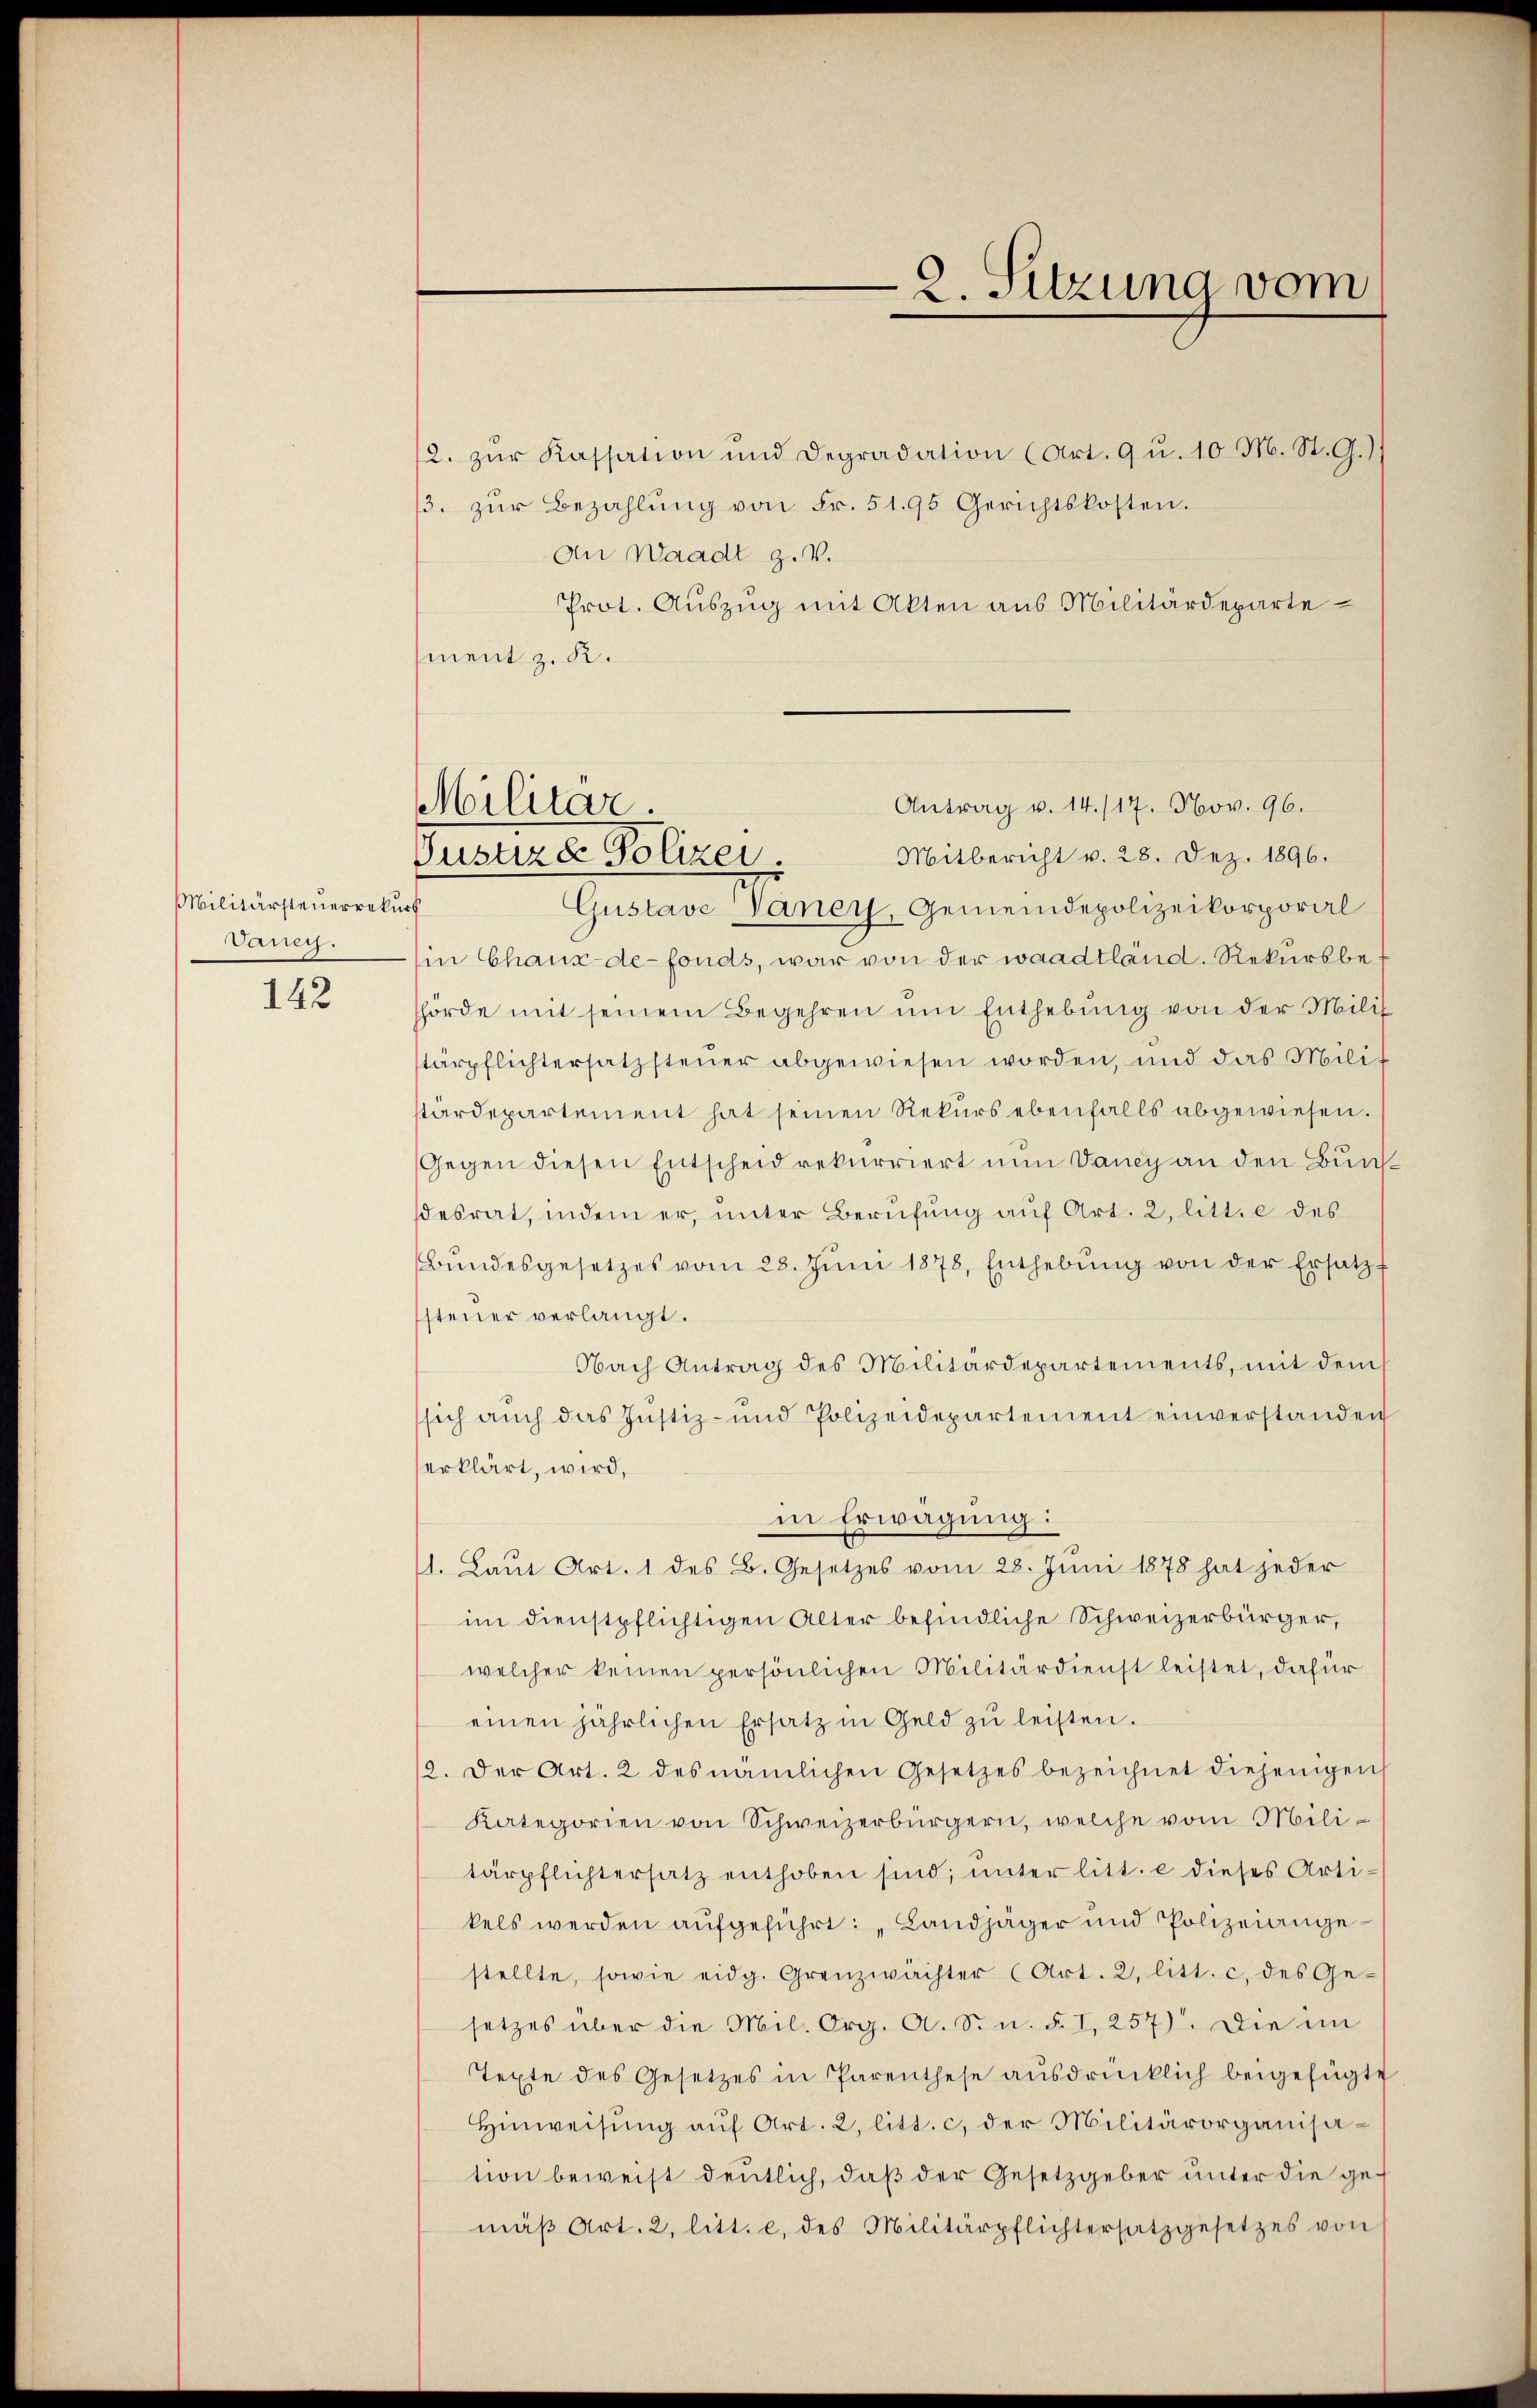
Militärsteuerrekurs
Vaney.
142

2. Sitzung vom

Antrag v. 14./17. Nov. 96.
Militär.
Mitbericht v. 28. Dez. 1896.
Guntere Polizei.

2. zŭr Kassation und Degradation (Art. 9 u. 10 M. St. G.)
3. zŭr Bezahlŭng von Fr. 51. 95 Gerichtskosten.
An Waadt z. V.
Prot. Auszug mit Akten aus Militärdepartement z. R.
Gustave Vaney, Gemeindepolizeikorporal
in Chaux-de-Fonds, war von der waadtländ. Rekursbehörde mit seinem Begehren um Enthebŭng von der Milit
tärpflichtersatzsteuer abgewiesen worden, und das Milit
stärdepartement hat seinen Rekurs ebenfalls abgewiesen.
Gegen diesen Entscheid rekurriert nun Daney an den Bundesrat, indem er, unter Berufung aŭf Art. 2, litt. e des
Bundesgesetzes vom 28. Juni 1878, Enthebŭng von der Ersatz f
steuer verlangt.
Nach Antrag des Militärdepartements, mit dem
sich auch das Justiz- und Polizeidepartement einverstanden
erklärt, wird,
in Erwägung:
1. Laŭt Art. 1 des B. Gesetzes vom 28. Jŭni 1878 hat jeder
im dienstpflichtigen Alter befindliche Schweizerbürger,
welcher keinen persönlichen Militärdienst leistet, dafür
einen jährlichen Ersatz in Geld zŭ leisten.
/3. der Art. 2 des nämlichen Gesetzes bezeichnet diejenigen
Kategorien von Schweizerbürgern, welche vom Militärpflichtersatz enthoben sind; unter litt. e dieses Artikels werden aufgeführt: Landjäger und Polizeiangestellte, sowie eidg. Grenzwächter (Art. 2, litt. c. des Ge-
setzes über die Mil. Org. A. S. n. F. I, 257). Die im
Texte des Gesetzes in Parenthese aŭsdrücklich beigefügte
Hinweisung auf Art. 2, litt. c. der Militärorganisation beweist deutlich, daβ der Gesetzgeber ŭnter die gemäβ Art. 2, litt. e. des Militärpflichtersatzgesetzes von